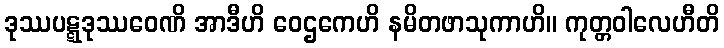
ဒုဿပဋ္ဋဒုဿဝေဏိ အာဒီဟိ ဝေဌကေဟိ နမိတဖာသုကာဟိ။ ကုတ္တဝါလေဟီတိ